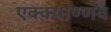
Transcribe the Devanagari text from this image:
एक्क्याण्णव